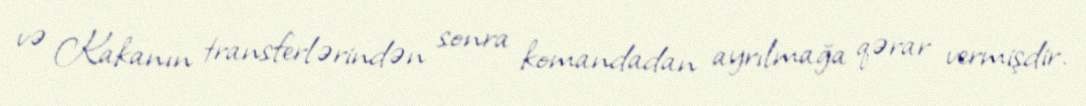
və Kakanın transferlərindən sonra komandadan ayrılmağa qərar vermişdir.